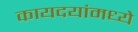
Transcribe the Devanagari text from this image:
कायदयांमध्ये